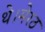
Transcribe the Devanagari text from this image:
थे।मेरठ